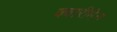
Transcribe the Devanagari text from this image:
क्वारीमेन